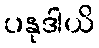
ပနုဒါယိ